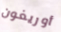
أوريغون